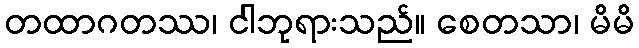
တထာဂတဿ၊ ငါဘုရားသည်။ စေတသာ၊ မိမိ